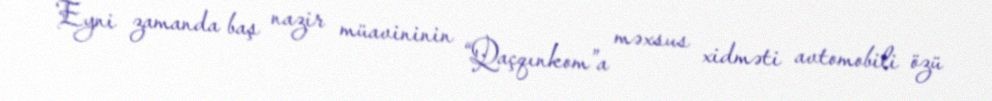
Eyni zamanda baş nazir müavininin “Qaçqınkom”a məxsus xidməti avtomobili özü